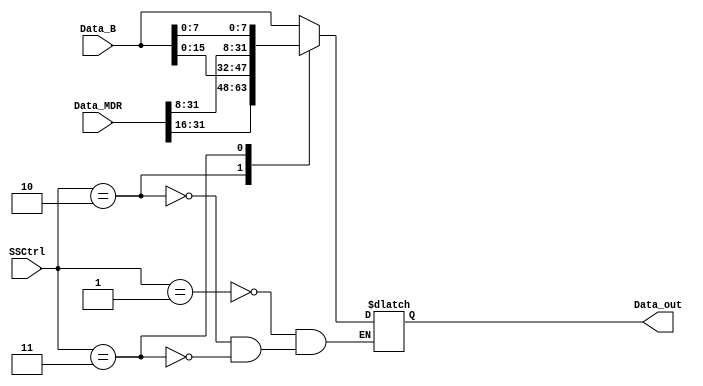
module store_size(
    input   wire       [1:0]  SSCtrl,
    input   wire       [31:0] Data_MDR,
    input   wire       [31:0] Data_B,
    output  reg       [31:0] Data_out
);

    always @ (*) begin
        case(SSCtrl)
            2'b01:  Data_out    =   Data_B;                             // word
            2'b10:  Data_out    =   {Data_MDR[31:16], Data_B[15:0]};     // halfword
            2'b11:  Data_out    =   {Data_MDR[31:8], Data_B[7:0]};       // byte
        endcase

    end
endmodule